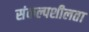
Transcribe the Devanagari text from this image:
संकल्पशीलता